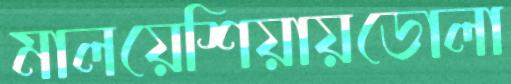
মালয়েশিয়ায়ডোলা